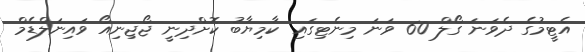
އެޓީމުގެ ދެވަނަ ގޯލް 60 ވަނަ މިނެޓިގައި ކާމިޔާބު ކޮށްދިނީ ޖޯޖިނިއޯ ވައިނަލްޑެމް